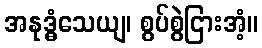
အနုဒ္ဓံသေယျ၊ စွပ်စွဲငြားအံ့။